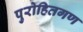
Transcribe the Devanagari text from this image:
पुरोहितगण